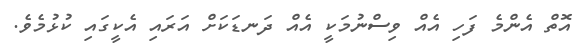
އޮތް އެންމެ ފަހި އެއް ވިސްނުމަކީ އެއް ދަނޑަކަށް އަރައި އެކީގައި ކުޅުމެވެ.